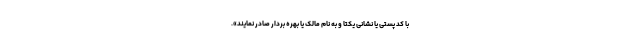
با کد پستی یا نشانی یکتا و به نام مالک یا بهره بردار صادر نمایند».